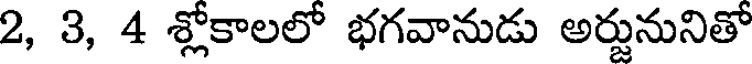
2, 3, 4 శ్లోకాలలో భగవానుడు అర్జునునితో